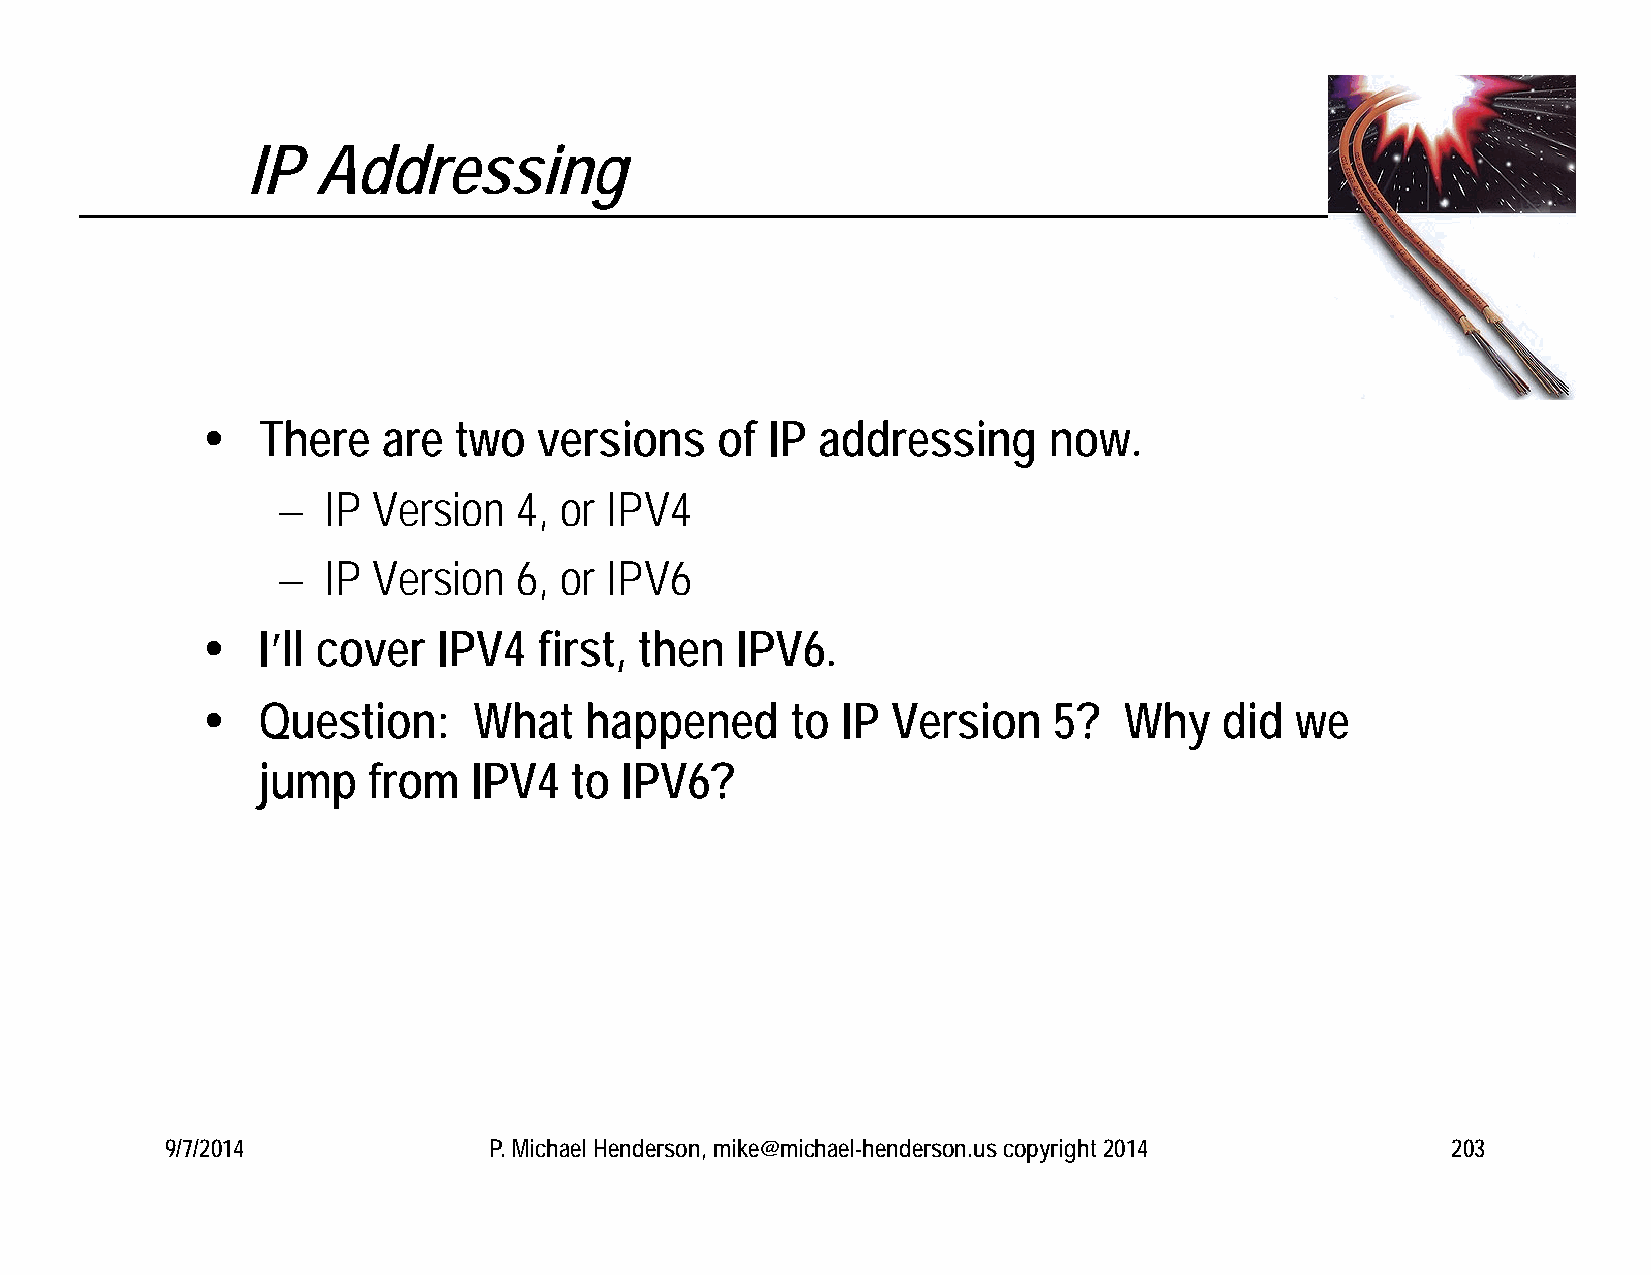
IP   Addressing
    There   are  two   versions   of  IP addressing     now.
   IP  Version  4, or IPV4
   IP  Version  6, or IPV6
    I’ll cover  IPV4   first, then  IPV6.
    Question:     What    happened     to  IP Version    5?  Why    did  we
 jump   from   IPV4   to IPV6?
 9/7/2014             P. Michael Henderson, mike@michael-henderson.us copyright 2014  203